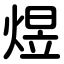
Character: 煜